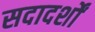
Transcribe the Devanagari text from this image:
सदादर्शों